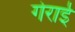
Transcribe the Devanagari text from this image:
गेराई